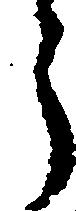
郎